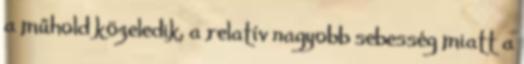
a műhold közeledik, a relatív nagyobb sebesség miatt a